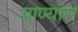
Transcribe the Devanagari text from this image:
प्राण्यांस